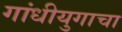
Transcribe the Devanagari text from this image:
गांधीयुगाचा